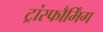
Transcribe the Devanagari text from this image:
ट्रांस्फौर्मिंग